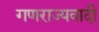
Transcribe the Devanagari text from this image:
गणराज्यवादी